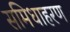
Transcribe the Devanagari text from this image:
समिधाहरण